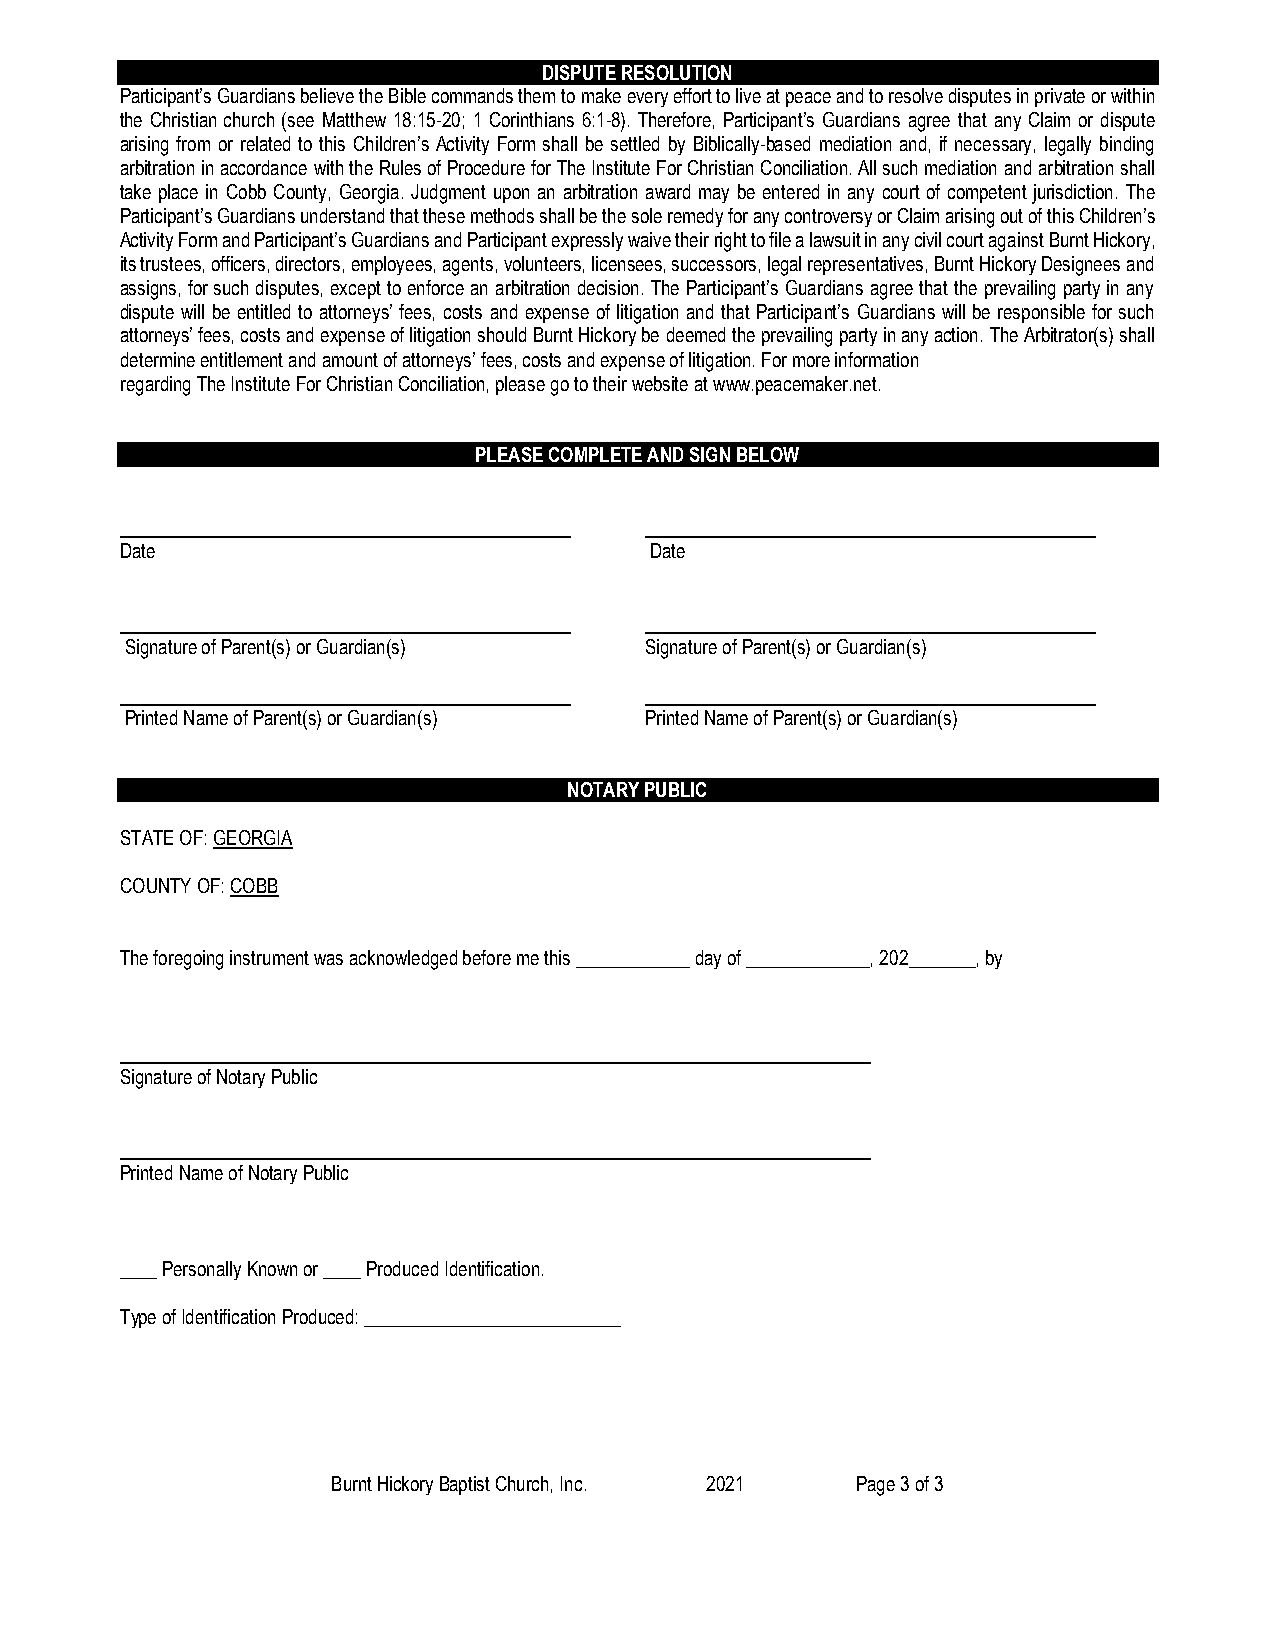
DISPUTE RESOLUTION
 Participant’s Guardians believe the Bible commands them to make every effort to live at peace and to resolve disputes in private or within
 the Christian church (see Matthew 18:15-20; 1 Corinthians 6:1-8). Therefore, Participant’s Guardians agree that any Claim or dispute
 arising from or related to this Children’s Activity Form shall be settled by Biblically-based mediation and, if necessary, legally binding
 arbitration in accordance with the Rules of Procedure for The Institute For Christian Conciliation. All such mediation and arbitration shall
 take place in Cobb County, Georgia. Judgment upon an arbitration award may be entered in any court of competent jurisdiction. The
 Participant’s Guardians understand that these methods shall be the sole remedy for any controversy or Claim arising out of this Children’s
 Activity Form and Participant’s Guardians and Participant expressly waive their right to file a lawsuit in any civil court against Burnt Hickory,
 its trustees, officers, directors, employees, agents, volunteers, licensees, successors, legal representatives, Burnt Hickory Designees and
 assigns, for such disputes, except to enforce an arbitration decision. The Participant’s Guardians agree that the prevailing party in any
 dispute will be entitled to attorneys’ fees, costs and expense of litigation and that Participant’s Guardians will be responsible for such
 attorneys’ fees, costs and expense of litigation should Burnt Hickory be deemed the prevailing party in any action. The Arbitrator(s) shall
 determine entitlement and amount of attorneys’ fees, costs and expense of litigation. For more information
 regarding The Institute For Christian Conciliation, please go to their website at www.peacemaker.net.
 PLEASE COMPLETE AND SIGN BELOW
 Date                               Date
 Signature of Parent(s) or Guardian(s) Signature of Parent(s) or Guardian(s)
 Printed Name of Parent(s) or Guardian(s) Printed Name of Parent(s) or Guardian(s)
 NOTARY PUBLIC
 STATE OF: GEORGIA
 COUNTY OF: COBB
 The foregoing instrument was acknowledged before me this ____________ day of _____________, 202_______, by
 Signature of Notary Public
 Printed Name of Notary Public
 ____ Personally Known or ____ Produced Identification.
 Type of Identification Produced: ___________________________
 Burnt Hickory Baptist Church, Inc. 2021 Page 3 of 3